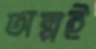
অল্পই